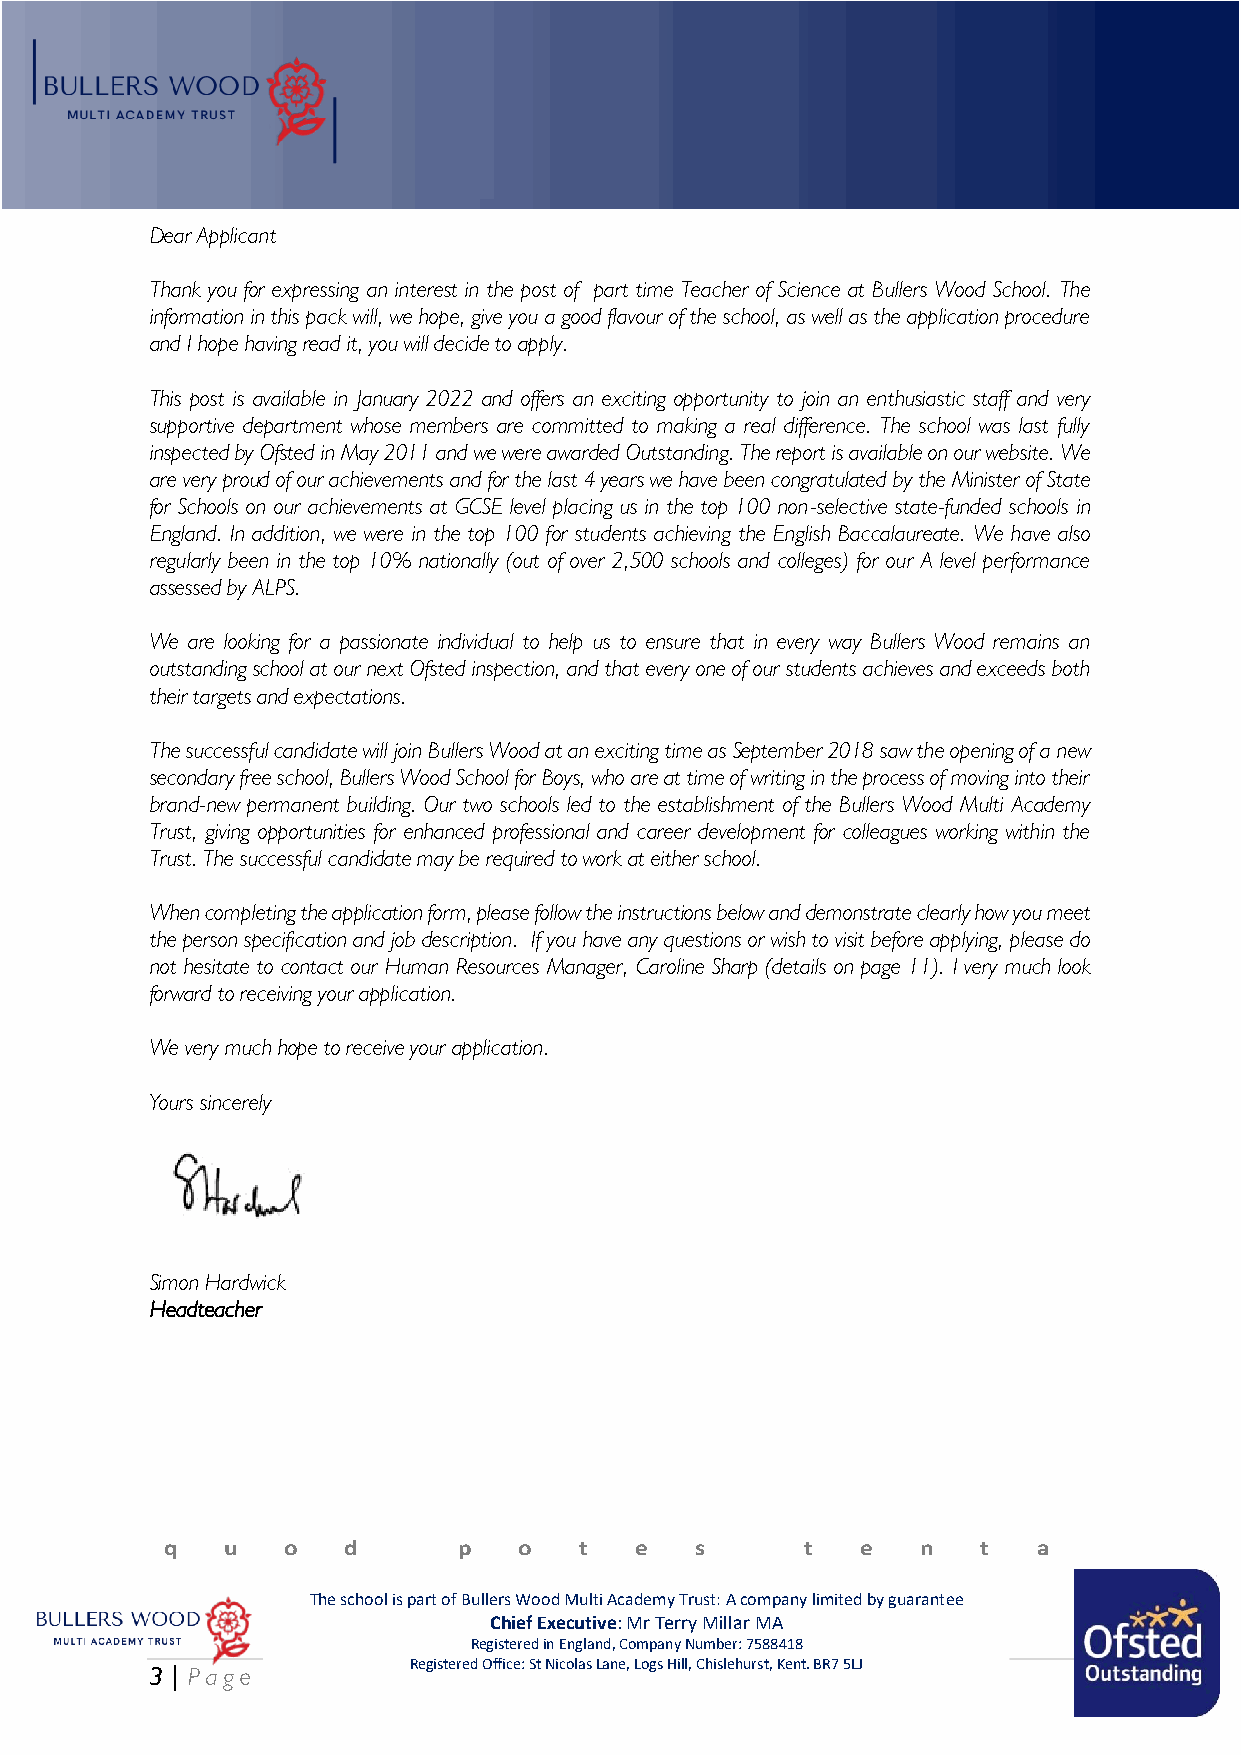
Dear Applicant
 Thank you for expressing an interest in the post of part time Teacher of Science at Bullers Wood School. The
 information in this pack will, we hope, give you a good flavour of the school, as well as the application procedure
 and I hope having read it, you will decide to apply.
 This post is available in January 2022 and offers an exciting opportunity to join an enthusiastic staff and very
 supportive department whose members are committed to making a real difference. The school was last fully
 inspected by Ofsted in May 2011 and we were awarded Outstanding. The report is available on our website. We
 are very proud of our achievements and for the last 4 years we have been congratulated by the Minister of State
 for Schools on our achievements at GCSE level placing us in the top 100 non-selective state-funded schools in
 England. In addition, we were in the top 100 for students achieving the English Baccalaureate. We have also
 regularly been in the top 10% nationally (out of over 2,500 schools and colleges) for our A level performance
 assessed by ALPS.
 We are looking for a passionate individual to help us to ensure that in every way Bullers Wood remains an
 outstanding school at our next Ofsted inspection, and that every one of our students achieves and exceeds both
 their targets and expectations.
 The successful candidate will join Bullers Wood at an exciting time as September 2018 saw the opening of a new
 secondary free school, Bullers Wood School for Boys, who are at time of writing in the process of moving into their
 brand-new permanent building. Our two schools led to the establishment of the Bullers Wood Multi Academy
 Trust, giving opportunities for enhanced professional and career development for colleagues working within the
 Trust. The successful candidate may be required to work at either school.
 When completing the application form, please follow the instructions below and demonstrate clearly how you meet
 the person specification and job description. If you have any questions or wish to visit before applying, please do
 not hesitate to contact our Human Resources Manager, Caroline Sharp (details on page 11). I very much look
 forward to receiving your application.
 We very much hope to receive your application.
 Yours sincerely
 Simon Hardwick
 Headteacher
 q   u   o   d      p   o   t   e   s      t   e   n   t   a
 The school is part of Bullers Wood Multi Academy Trust: A company limited by guarantee
 Chief Executive: Mr Terry Millar MA
 Registered in England, Company Number: 7588418
 Registered Office: St Nicolas Lane, Logs Hill, Chislehurst, Kent. BR7 5LJ
 3 | P age